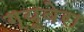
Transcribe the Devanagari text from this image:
ग्यूवेरा